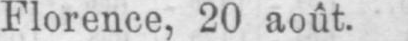
Florence, 20 août.